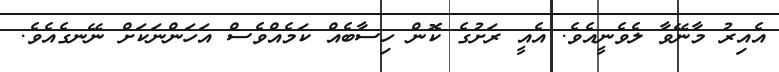
އެއިރު މާނޭވާ ލެވެނީއެވެ. އެއީ ރަށުގެ ކޮން ހިސާބެއް ކަމެއްވެސް އަހަންނަކަށް ނޭނގެއެވެ.